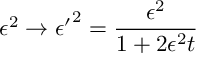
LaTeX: \epsilon ^ { 2 } \rightarrow { \epsilon ^ { \prime } } ^ { 2 } = \frac { \epsilon ^ { 2 } } { 1 + 2 \epsilon ^ { 2 } t }